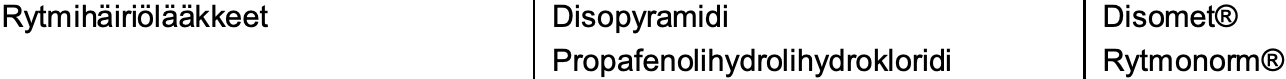
Rytmihäiriölääkkeet Disopyramidi     Disomet® Propafenolihydrolihydrokloridi Rytmonorm®